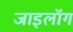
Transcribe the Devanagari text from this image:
जाइलॉग